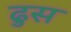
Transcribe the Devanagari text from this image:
ढुस